Indian journal of veterinary science and animal husbandry - Volume 12,
Year: 1942
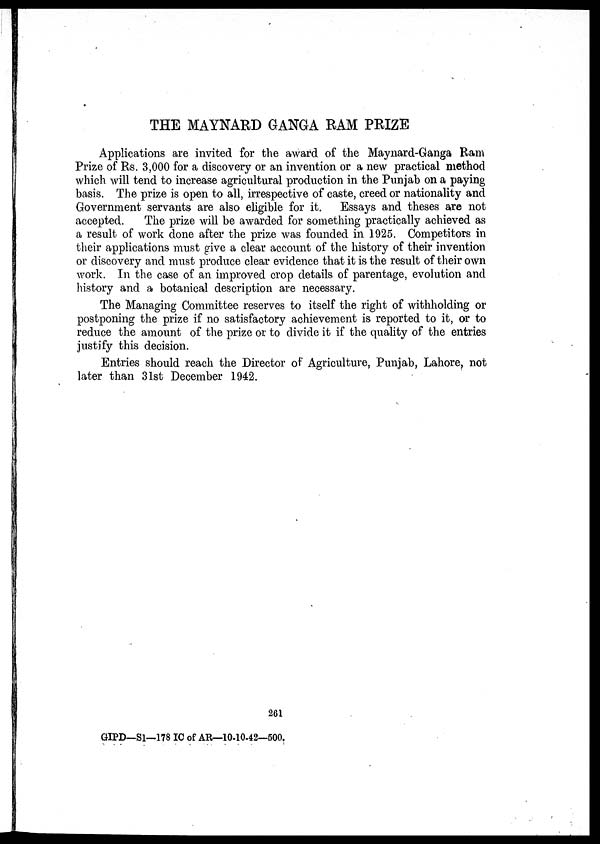
THE MAYNARD GANGA RAM PRIZE
Applications are invited for the award of the Maynard-Ganga Ram
Prize of Rs. 3,000 for a discovery or an invention or a new practical method
which will tend to increase agricultural production in the Punjab on a paying
basis. The prize is open to all, irrespective of caste, creed or nationality and
Government servants are also eligible for it. Essays and theses are not
accepted.
The prize will be awarded for something practically achieved as
a result of work done after the prize was founded in 1925. Competitors in
their applications must give a clear account of the history of their invention
or discovery and must produce clear evidence that it is the result of their own
work. In the case of an improved crop details of parentage, evolution and
history and a botanical description are necessary.
The Managing Committee reserves to itself the right of withholding or
postponing the prize if no satisfactory achievement is reported to it, or to
reduce the amount of the prize or to divide it if the quality of the entries
justify this decision.
Entries should reach the Director of Agriculture, Punjab, Lahore, not
later than 31st December 1942.
261
GIPD—S1—178 IC of AR—10-10-42—500.